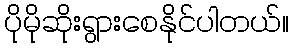
ပိုမိုဆိုးရွားစေနိုင်ပါတယ်။